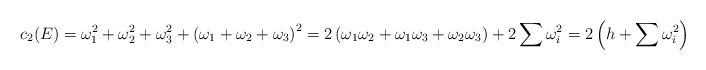
\begin{align*}c_2(E) = \omega_1^2 + \omega_2^2 +\omega_3^2 + \left(\omega_1+\omega_2+\omega_3\right)^2 = 2\left(\omega_1\omega_2+\omega_1\omega_3+\omega_2\omega_3\right) + 2\sum\omega_i^2 =2\left(h + \sum \omega_i^2\right)\end{align*}